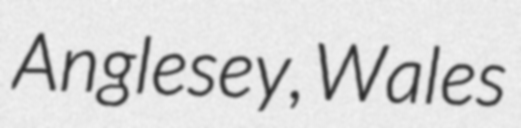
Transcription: Anglesey, Wales